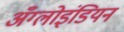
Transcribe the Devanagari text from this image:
अँग्लोइंडियन